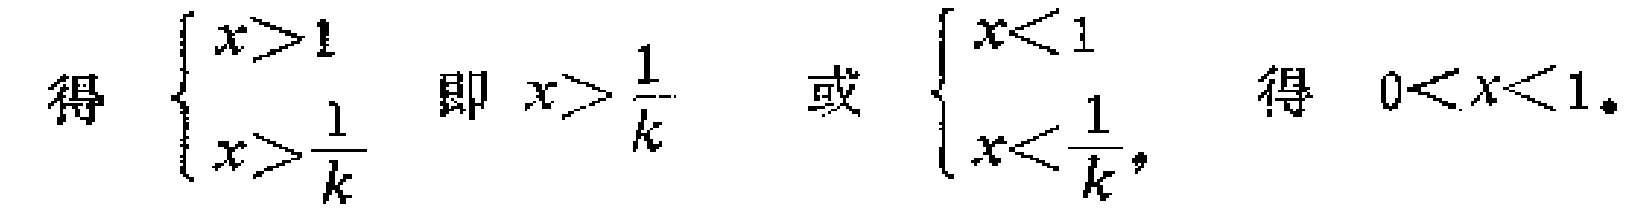
得 $\begin{cases}
x>1 \\
x>\frac{1}{k}
\end{cases}$ 即 $x>\frac{1}{k}$ 或 $\begin{cases}
x<1 \\
x<\frac{1}{k}
\end{cases}$, 得 $0<x<1$。